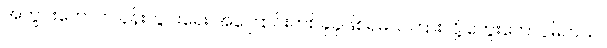
အတွင်းတော်က နန်းတွင်းရေး အကြောင်းတစ်ခုခုဖြစ်ရမယ်ကြားလို့ တွေးတောပူမိတယ်။